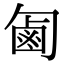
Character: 㔪